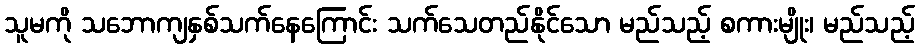
သူမကို သဘောကျနှစ်သက်နေကြောင်း သက်သေတည်နိုင်သော မည်သည့် စကားမျိုး၊ မည်သည့်